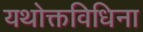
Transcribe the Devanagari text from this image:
यथोक्तविधिना